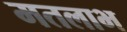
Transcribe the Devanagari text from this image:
मतलाभ